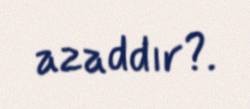
azaddır?.